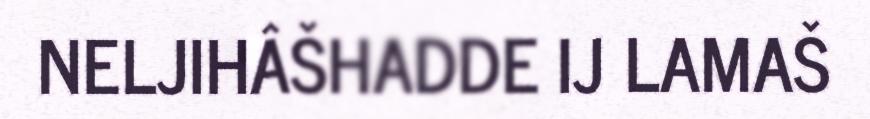
NELJIHÂŠHADDE IJ LAMAŠ